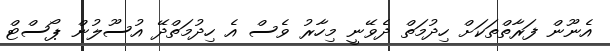
އެނޫން ފަރާތްތަކަށް ހިދުމަތް ދެވޭނީ މިހާރު ވެސް އެ ހިދުމަތްދޭ އުސޫލުން ޕޯސްޓް